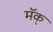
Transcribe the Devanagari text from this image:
मॅक्